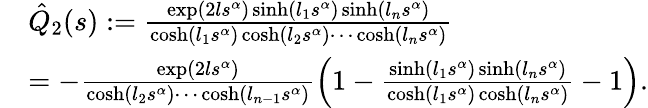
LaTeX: \begin{array}{rl}&{\hat{Q}_{2}(s):=\frac{\exp(2ls^{\alpha})\sinh(l_{1}s^{\alpha})\sinh(l_{n}s^{\alpha})}{\cosh(l_{1}s^{\alpha})\cosh(l_{2}s^{\alpha})\cdots\cosh(l_{n}s^{\alpha})}}\\ &{=-\frac{\exp(2ls^{\alpha})}{\cosh(l_{2}s^{\alpha})\cdots\cosh(l_{n-1}s^{\alpha})}\left(1-\frac{\sinh(l_{1}s^{\alpha})\sinh(l_{n}s^{\alpha})}{\cosh(l_{1}s^{\alpha})\cosh(l_{n}s^{\alpha})}-1\right).}\end{array}